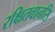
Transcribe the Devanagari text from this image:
रक्षितवानसि